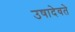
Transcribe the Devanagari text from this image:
उषादेवते